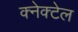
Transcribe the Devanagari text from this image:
क्नेक्टेल